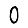
Digit: 0